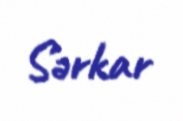
Sərkar